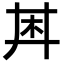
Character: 𪱶